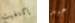
إكتفيت جيد